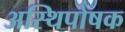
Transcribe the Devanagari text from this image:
अस्थिपोषक